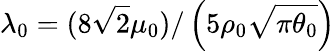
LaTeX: \lambda_{0}=(8\sqrt{2}\mu_{0})/\left(5\rho_{0}\sqrt{\pi\theta_{0}}\right)